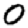
Digit: 0